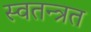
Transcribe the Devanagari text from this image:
स्वतन्त्रत